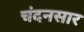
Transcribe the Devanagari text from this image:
चंदनसार